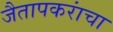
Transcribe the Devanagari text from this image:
जैतापकरांचा